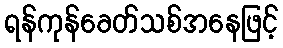
ရန်ကုန်ခေတ်သစ်အနေဖြင့်